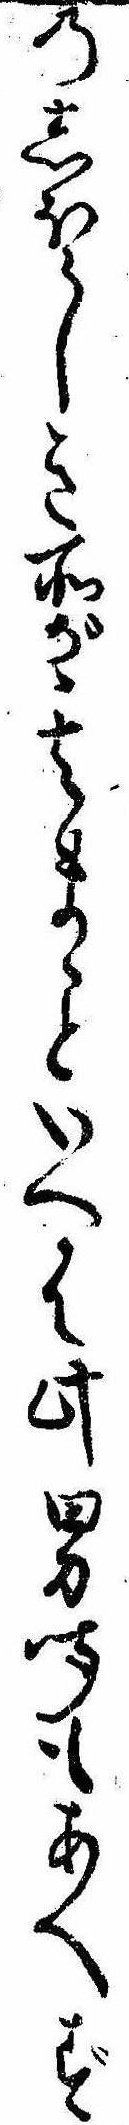
のしほらしき所が其まゝといへは此男聞もあへず